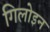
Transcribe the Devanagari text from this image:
गिलोइन